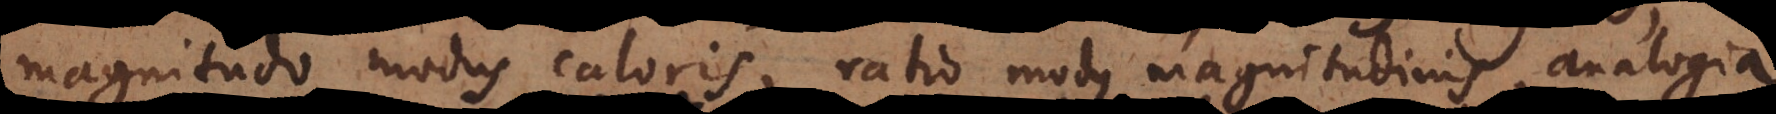
magnitudo modus caloris, ratio modus magnitudinis, analogia